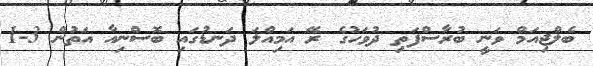
ބެލްޖިއަމް ވަނީ ބުރާސްފަތި ދުވަހުގެ ރޭ އަމިއްލަ ދަނޑުގައި ބޮސްނިއާ އަތުން 3-1